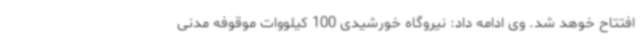
افتتاح خوهد شد. وی ادامه داد: نیروگاه خورشیدی 100 کیلووات موقوفه مدنی